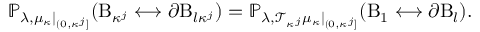
\mathbb { P } _ { \lambda , \mu _ { \kappa } | _ { ( 0 , \kappa ^ { j } ] } } ( \mathrm B _ { \kappa ^ { j } } \longleftrightarrow \partial \mathrm B _ { l \kappa ^ { j } } ) = \mathbb { P } _ { \lambda , \mathcal { T } _ { \kappa ^ { j } } \mu _ { \kappa } | _ { ( 0 , \kappa ^ { j } ] } } ( \mathrm B _ { 1 } \longleftrightarrow \partial \mathrm B _ { l } ) .